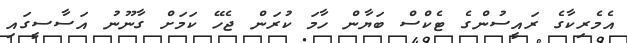
އެމެރިކާގެ ރައީސުންގެ ޓެކްސް ބަޔާން ހާމަ ކުރަން ޖެހޭ ކަމަށް ގާނޫނު އަސާސީގައި